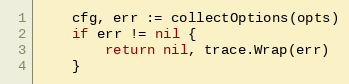
Language: Go
	cfg, err := collectOptions(opts)
	if err != nil {
		return nil, trace.Wrap(err)
	}